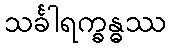
သင်္ခါရက္ခန္ဓဿ